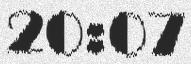
20:07